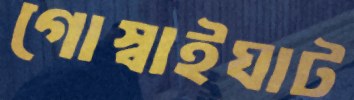
গোস্বাইঘাট